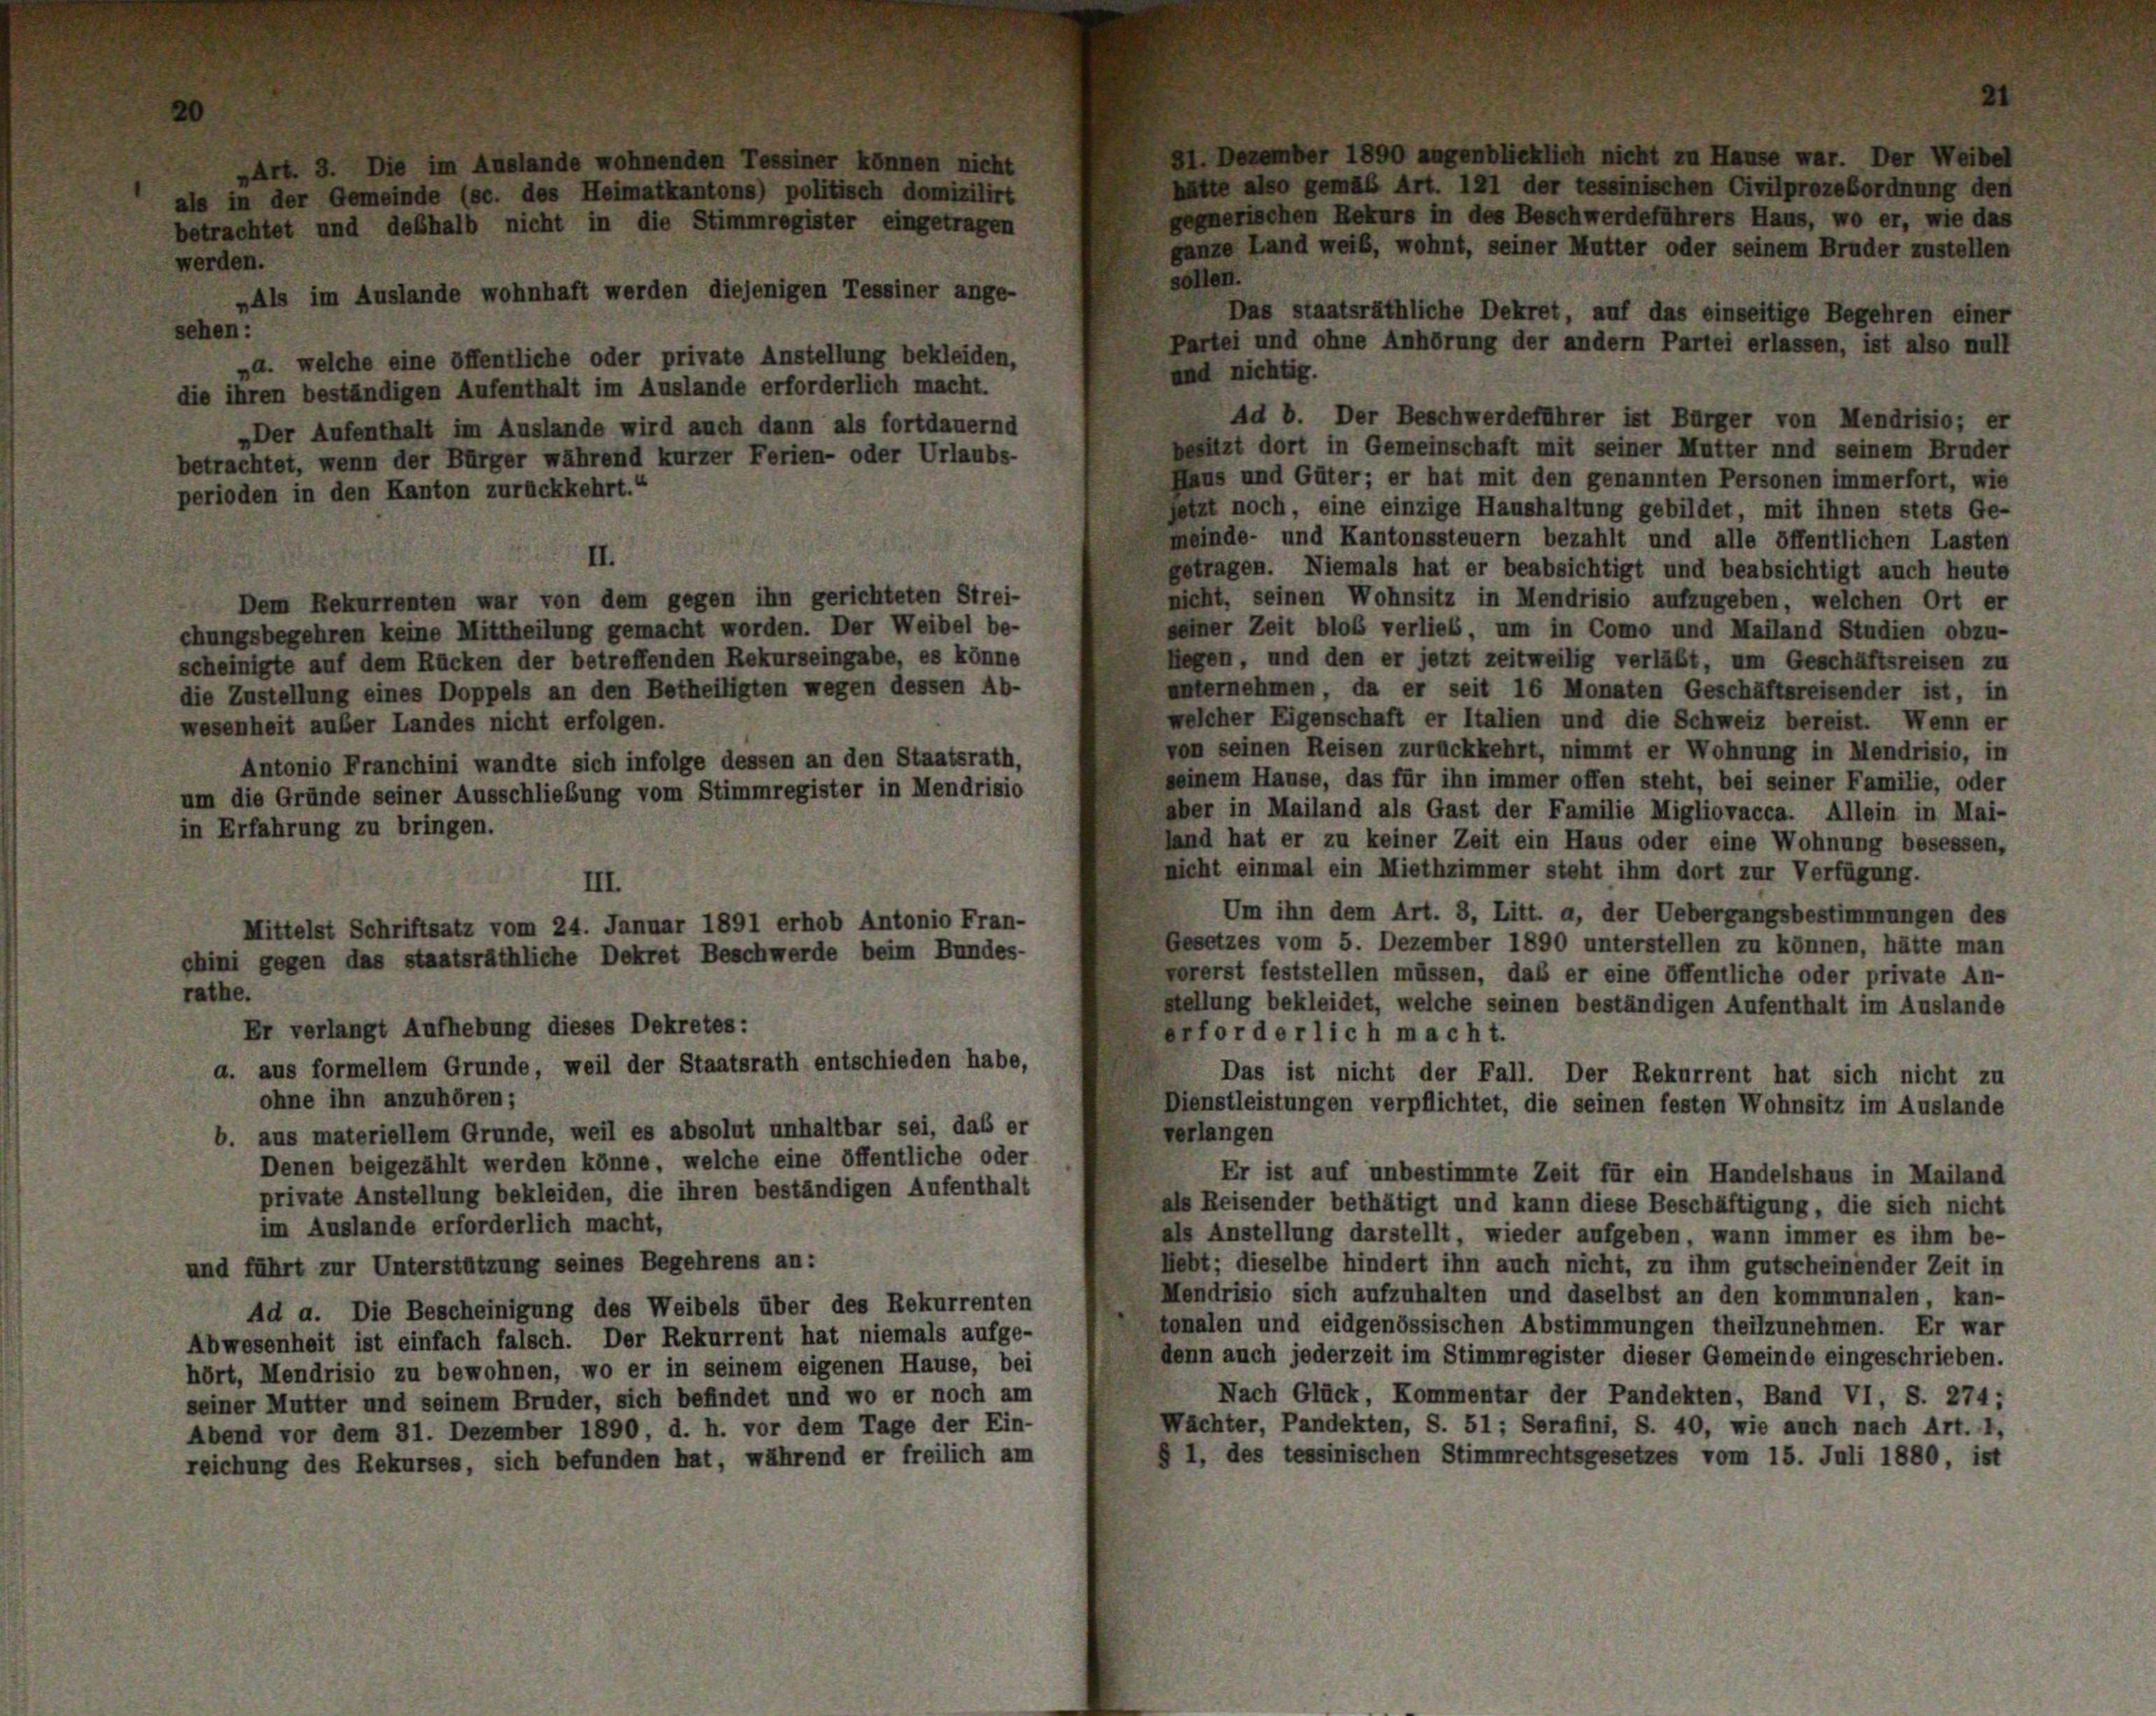
Ad b. Der Beschwerdeführer ist Bürger von Mendrisio; er
„Der Aufenthalt im Auslande wird auch dann als fortdauernd
betrachtet, wenn der Bürger während kurzer Ferien- oder Urlaubs-
perioden in den Kanton zurückkehrt.“
jetzt noch, eine einzige Haushaltung gebildet, mit ihnen stets Ge-
meinde- und Kantonssteuern bezahlt und alle öffentlichen Lasten
II.
getragen. Niemals hat er beabsichtigt und beabsichtigt auch heute
nicht, seinen Wohnsitz in Mendrisio aufzugeben, welchen Ort er
Dem Rekurrenten war von dem gegen ihn gerichteten Strei-
seiner Zeit bloß verlieb, um in Como und Mailand Studien obzu-
chungsbegehren keine Mittheilung gemacht worden. Der Weibel be-
Regen, und den er jetzt zeitweilig verläßt, um Geschäftsreisen zu
scheinigte auf dem Rücken der betreffenden Rekurseingabe, es könne
unternehmen, da er seit 16 Monaten Geschäftsreisender ist, in
die Zustellung eines Doppels an den Betheiligten wegen dessen Ab-
welcher Eigenschaft er Italien und die Schweiz bereist. Wenn er
wesenheit außer Landes nicht erfolgen.
von seinen Reisen zurückkehrt, nimmt er Wohnung in Mendrisio, in
Antonio Franchini wandte sich infolge dessen an den Staatsrath,
seinem Hause, das für ihn immer offen steht, bei seiner Familie, oder
um die Gründe seiner Ausschließung vom Stimmregister in Mendrisio
aber in Mailand als Gast der Familie Migliovacca. Allein in Mai-
in Erfahrung zu bringen.
land hat er zu keiner Zeit ein Haus oder eine Wohnung besessen,
nicht einmal ein Miethzimmer steht ihm dort zur Verfügung.
III.
Um ihn dem Art. 8, Litt. a, der Uebergangsbestimmungen des
Mittelst Schriftsatz vom 24. Januar 1891 erhob Antonio Fran-
Gesetzes vom 5. Dezember 1890 unterstellen zu können, hätte man
chini gegen das staatsräthliche Dekret Beschwerde beim Bundes-
vorerst feststellen müssen, daß er eine öffentliche oder private An-
rathe.
stellung bekleidet, welche seinen beständigen Aufenthalt im Auslande
Er verlangt Aufhebung dieses Dekretes:
Prforderlich macht.
a. aus formellem Grunde, weil der Staatsrath entschieden habe,
Das ist nicht der Fall. Der Rekurrent hat sich nicht zu
ohne ihn anzuhören;
Dienstleistungen verpflichtet, die seinen festen Wohnsitz im Auslande
b. aus materiellem Grunde, weil es absolut unhaltbar sei, das er
verlangen
Denen beigezählt werden könne, welche eine öffentliche oder
Er ist auf unbestimmte Zeit für ein Handelshaus in Mailand
private Anstellung bekleiden, die ihren beständigen Aufenthalt
als Reisender bethätigt und kann diese Beschäftigung, die sich nicht
im Auslande erforderlich macht,
als Anstellung darstellt, wieder aufgeben, wann immer es ihm be-
Hebt; dieselbe hindert ihn auch nicht, zu ihm gutscheinender Zeit in
und führt zur Unterstützung seines Begehrens an:
Mendrisio sich aufzuhalten und daselbst an den kommunalen, kan-
Ad a. Die Bescheinigung des Weibels über des Rekurrenten
tonalen und eidgenössischen Abstimmungen theilzunehmen. Er war
Abwesenheit ist einfach falsch. Der Rekurrent hat niemals aufge-
denn auch jederzeit im Stimmregister dieser Gemeinde eingeschrieben.
hört, Mendrisio zu bewohnen, wo er in seinem eigenen Hause, bei
Nach Glück, Kommentar der Pandekten, Band VI, S. 274;
seiner Mutter und seinem Bruder, sich befindet und wo er noch am
Wachter, Pandekten, S. 51; Serafini, S. 40, wie auch nach Art. 1,
Abend vor dem 31. Dezember 1890, d. h. vor dem Tage der Ein-
§ I, des tessinischen Stimmrechtsgesetzes vom 15. Juli 1880, ist
reichung des Rekurses, sich befunden hat, während er freilich am

»Art. 3. Die im Auslande wohnenden Tessiner können
als in der Gemeinde (sc. des Heimatkantons) politisch domizilirt
betrachtet und deshalb nicht in die Stimmregister eingetragen
werden.
„Als im Auslande wohnhaft werden diejenigen Tessiner ange-
sehen:
„d. welche eine öffentliche oder private Anstellung bekleiden,
die ihren beständigen Aufenthalt im Auslande erforderlich macht.

81. Dezember 1890 augenblicklich nicht zu Hause war. Der Weibel
hütte also gemäß Art. 121 der tessinischen Civilprozeßordnung den
gegnerischen Rekurs in des Beschwerdeführers Haus, wo er, wie das
ganze Land weib, wohnt, seiner Mutter oder seinem Bruder zustellen
sollen.
Das staatsräthliche Dekret, auf das einseitige Begehren einer
Partei und ohne Anhörung der andern Partei erlassen, ist also null
and nichtig.

besitzt dort in Gemeinschaft mit seiner Mutter und seinem Bruder
Haus und Güter; er hat mit den genannten Personen immerfort, wie